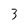
Character: 3